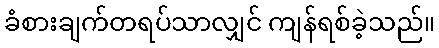
ခံစားချက်တရပ်သာလျှင် ကျန်ရစ်ခဲ့သည်။